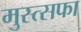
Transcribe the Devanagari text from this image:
मुस्त्सफा